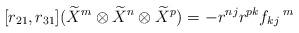
LaTeX: \begin{align*}[r_{21},r_{31}](\widetilde{X}^{m}\otimes \widetilde{X}^{n}\otimes \widetilde{X}^{p})=-r^{nj}r^{pk}f_{kj}\,^{m}\end{align*}